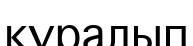
қүралып